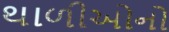
થાળીઓનો